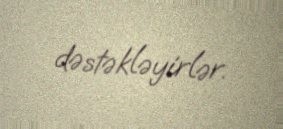
dəstəkləyirlər.